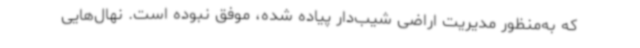
که به‌منظور مدیریت اراضی شیب‌دار پیاده شده، موفق نبوده است. نهال‌هایی